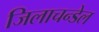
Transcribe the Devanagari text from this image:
जिलाचन्डेल